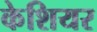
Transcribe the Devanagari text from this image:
केशियर